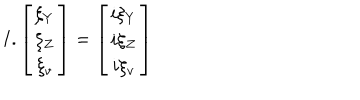
LaTeX: I . \left[ \begin{array} { c } { { \xi _ { Y } } } \\ { { \xi _ { Z } } } \\ { { \xi _ { v } } } \\ \end{array} \right] = \left[ \begin{array} { c } { { i \xi _ { Y } } } \\ { { i \xi _ { Z } } } \\ { { i \xi _ { v } } } \\ \end{array} \right]